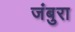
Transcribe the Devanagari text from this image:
जंबुरा